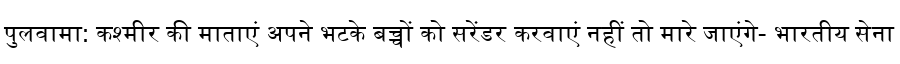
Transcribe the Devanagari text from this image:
पुलवामा: कश्मीर की माताएं अपने भटके बच्चों को सरेंडर करवाएं नहीं तो मारे जाएंगे- भारतीय सेना